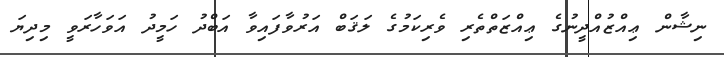
ނިޝާން ޢިއްޒުއްދީނުގެ ޢިއްޒަތްތެރި ވެރިކަމުގެ ލަޤަބް އަރުވާފައިވާ އަބްދު ހަމީދު އަވަހާރަވީ މިދިޔަ